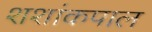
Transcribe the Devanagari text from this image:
शशांकपाल